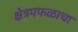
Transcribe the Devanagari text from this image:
क्षेत्रपफळाचा